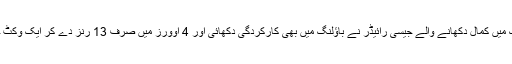
پہلے بیٹنگ میں کمال دکھانے والے جیسی رائیڈر نے باؤلنگ میں بھی کارکردگی دکھائی اور 4 اوورز میں صرف 13 رنز دے کر ایک وکٹ حاصل کی۔